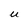
Character: U